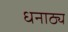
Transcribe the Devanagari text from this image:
धनाठ्य